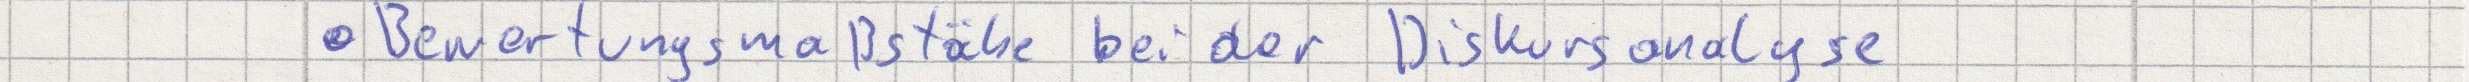
Bewertungsmaßstäbe bei der Diskursanalyse